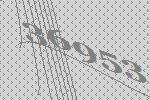
36953